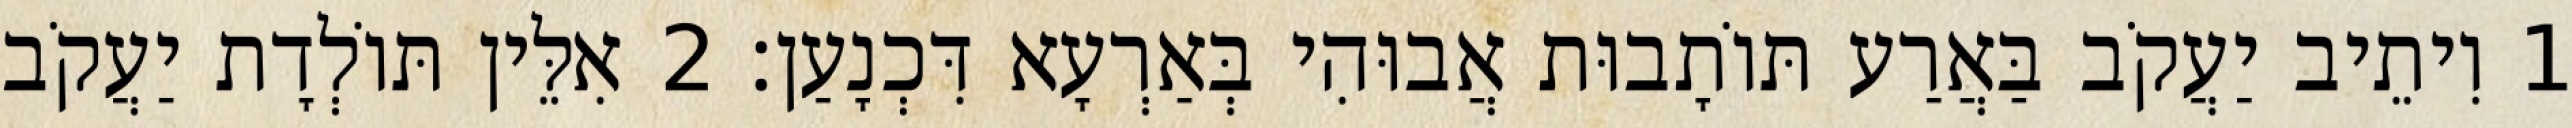
1 וִיתֵיב יַעֲקֹב בַּאֲרַע תּוֹתָבוּת אֲבוּהִי בְּאַרְעָא דִּכְנָעַן׃ 2 אִלֵּין תּוֹלְדָת יַעֲקֹב